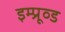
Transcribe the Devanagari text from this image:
इम्प्रूव्ड